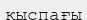
қыспағы